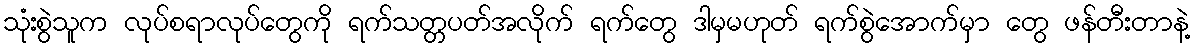
သုံးစွဲသူက လုပ်စရာလုပ်တွေကို ရက်သတ္တပတ်အလိုက် ရက်တွေ ဒါမှမဟုတ် ရက်စွဲအောက်မှာ တွေ ဖန်တီးတာနဲ့